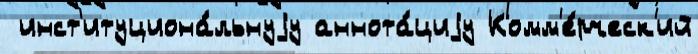
 инст'итуциона́льнуjу аннота́циjу Комм'е́рческ'ий